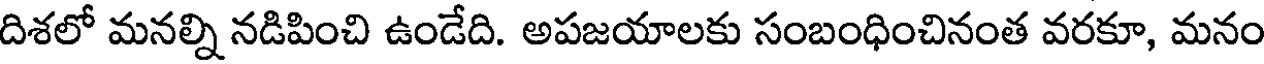
దిశలో మనల్ని నడిపించి ఉండేది. అపజయాలకు సంబంధించినంత వరకూ, మనం